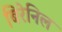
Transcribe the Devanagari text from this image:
बिरेनिल